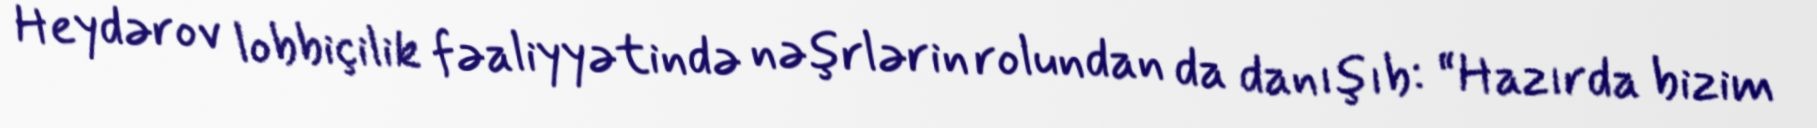
Heydərov lobbiçilik fəaliyyətində nəşrlərin rolundan da danışıb: “Hazırda bizim